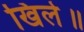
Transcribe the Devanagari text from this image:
खिले॥